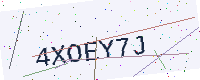
Text: 4XOEY7J